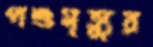
পশুমৃত্যুর